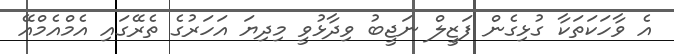
އެ ވާހަކަތަކާ ގުޅިގެން ފަޒީލް ނަޖީބު ވިދާޅުވީ މިދިޔަ އަހަރުގެ ތެރޭގައި އެމްއެމްއޭ